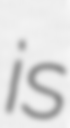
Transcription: is